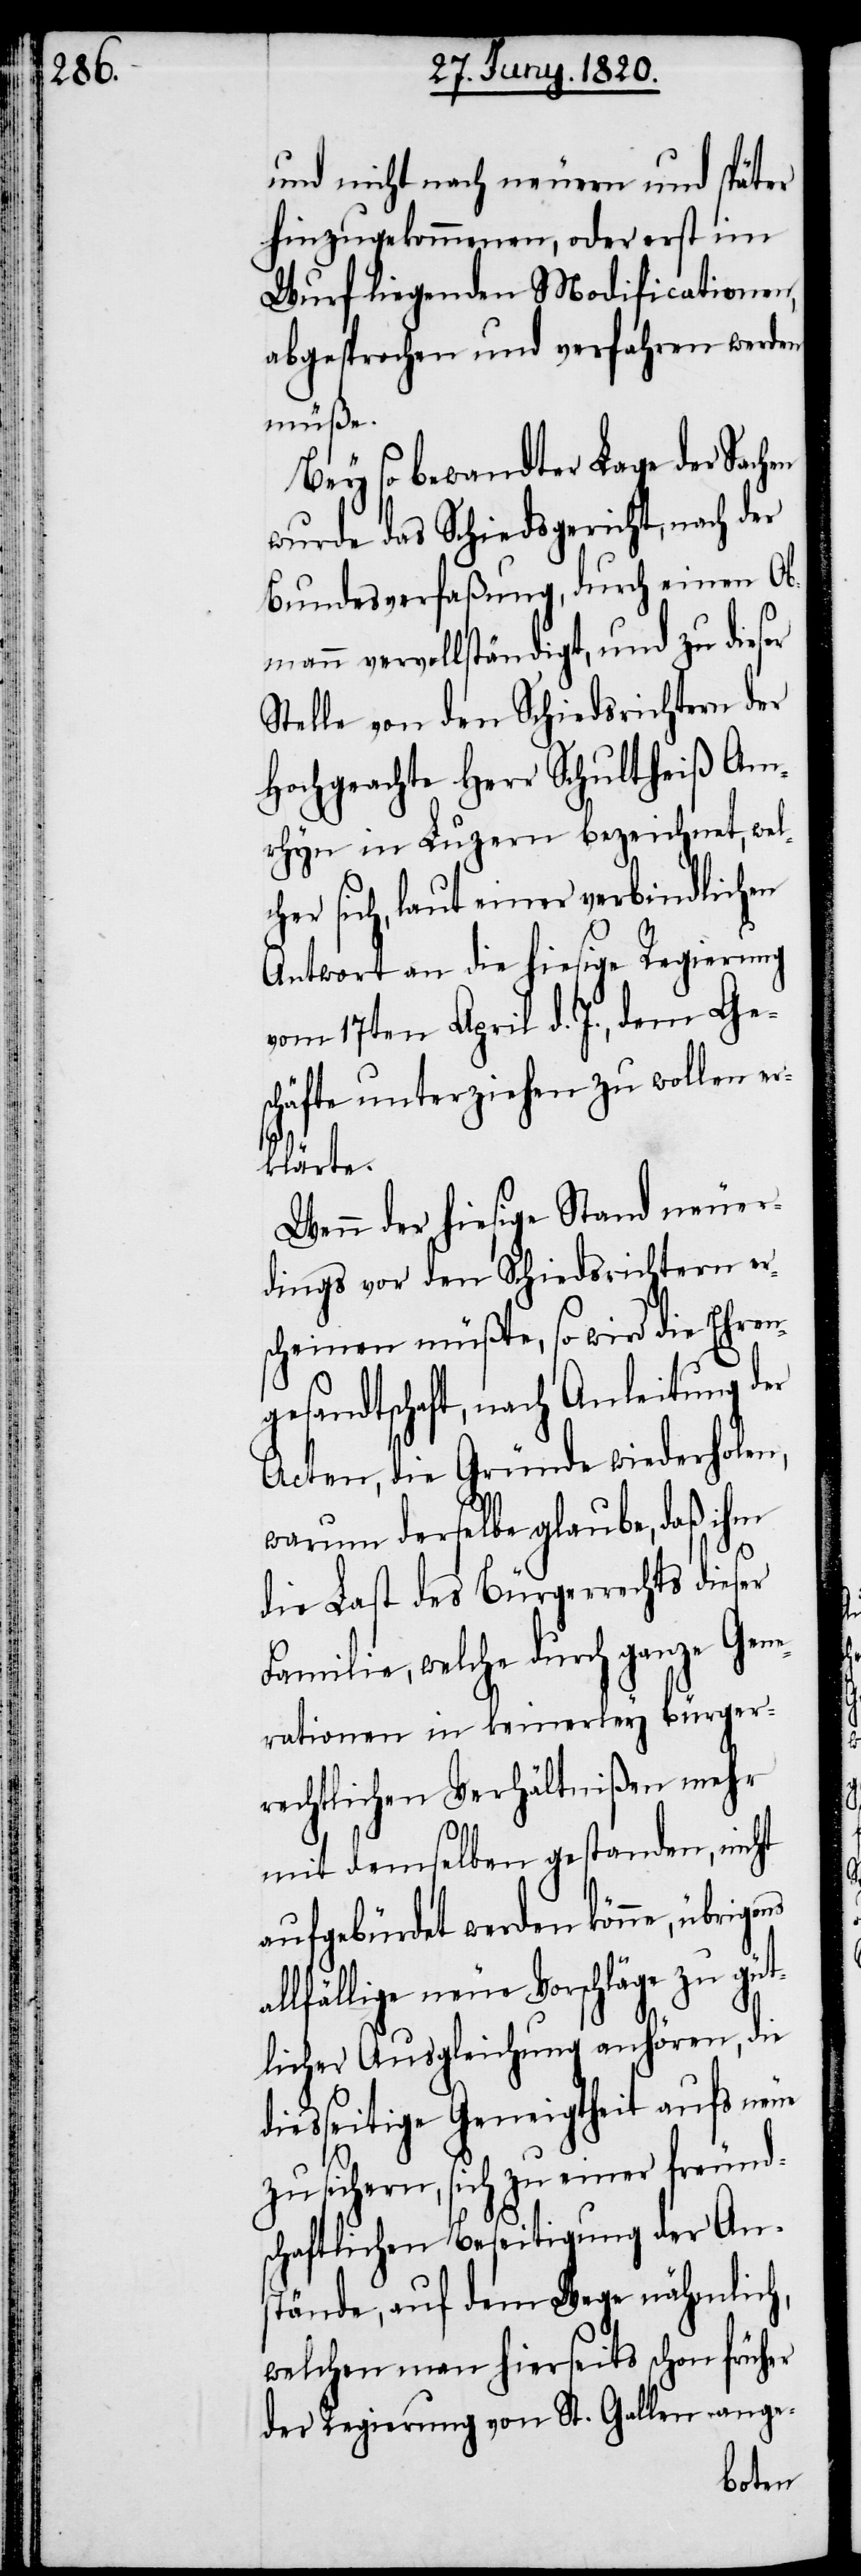
und nicht nach neuen und später
Hinzugekommenen, oder erst im
Wurf liegenden Modificationen
abgesprochen und verfahren werden
müße.
Bey so bewandter Lage der Sachen
wurde das Schiedsgericht, nach der
Bundesverfaßung, durch einen Ob¬
mann vervollständigt, und zu dieser
Stelle von den Schiedsrichtern der
hochgeachte Herr Schultheiß Am¬
rhyn in Luzern bezeichnet, wel¬
her sich, laut einer verbindlichen
Antwort an die hiesige Regierung
vom 17ten April d. J., dem Ge¬
schäfte unterziehen zu wollen er¬
klärte.
Wenn der hiesige Stand neuer¬
dings vor den Schiedsrichtern ers¬
cheinen müßte, so wird die Ehren¬
gesandtschaft, nach Anleitung der
Acten, die Gründe wiederholen,
warum derselbe glaube, daß ihm
die Last des Bürgerrechts dieser
Familie, welche durch ganze Gene¬
rationen in keinerley bürger¬
rechtlichen Verhältnißen mehr
c¬
mit demselben gestanden, nicht
aufgebürdet werden könne,
allfällige neue Vorschläge zu güt¬
licher Ausgleichung anhören, die
diesseitige Geneigtheit aufs neue
zu sichern, sich zu einer freund¬
schaftlichen Beseitigung der An¬
stände, auf dem Wege nähmlich,
welchen man hierseits schon früher
der Regierung von St. Gallen ange-